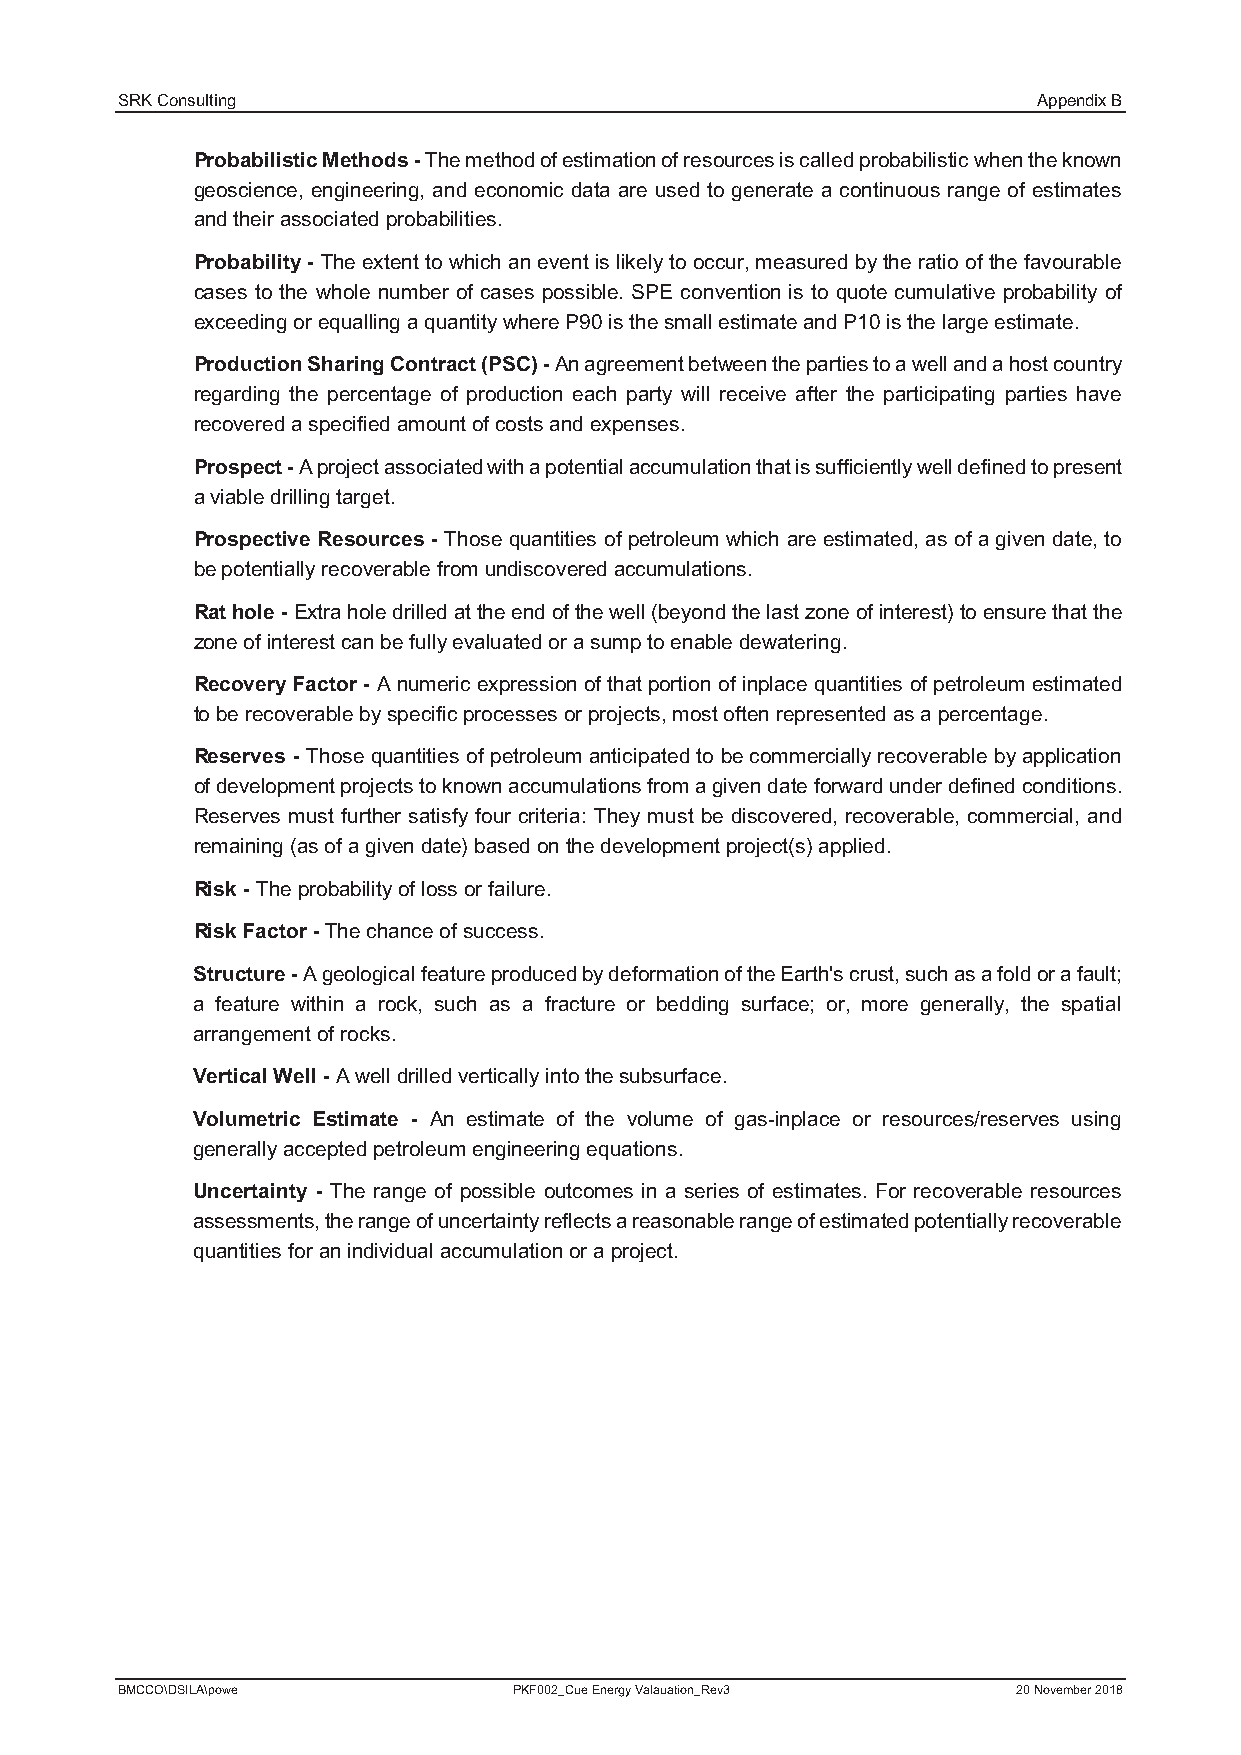
SRK Consulting                                               Appendix B
 Probabilistic Methods -The method of estimation of resources is called probabilistic when theknown
 geoscience, engineering, and economic data are used to generate a continuous range of estimates
 and their associated probabilities.
 Probability - The extent to which an event is likely to occur, measured by the ratio of the favourable
 cases to the whole number of cases possible. SPE convention is to quote cumulative probability of
 exceeding or equalling a quantity where P90 is the small estimate and P10 is the large estimate.
 Production Sharing Contract (PSC) -An agreement between the parties to a well and a host country
 regarding the percentage of production each party will receive after the participating parties have
 recovered a specified amount of costs and expenses.
 Prospect -A project associated with a potential accumulation that is sufficiently well defined to present
 a viable drilling target.
 Prospective Resources - Those quantities of petroleum which are estimated, as of a given date, to
 be potentially recoverable from undiscovered accumulations.
 Rat hole -Extra hole drilled at the end of the well (beyond the last zone of interest) to ensure that the
 zone of interest can be fully evaluated or a sump to enable dewatering.
 Recovery Factor - A numeric expression of that portion of inplace quantities of petroleum estimated
 to be recoverable by specific processes or projects, most often represented as a percentage.
 Reserves - Those quantities of petroleum anticipated to be commercially recoverable by application
 of development projects to known accumulations from a given date forward under defined conditions.
 Reserves must further satisfy four criteria: They must be discovered, recoverable, commercial, and
 remaining (as of a given date) based on the development project(s) applied.
 Risk -The probability of loss or failure.
 Risk Factor -The chance of success.
 Structure -A geological feature produced by deformation of the Earth's crust, such as a fold or a fault;
 a feature within a rock, such as a fracture or bedding surface; or, more generally, the spatial
 arrangement of rocks.
 Vertical Well -A well drilled vertically into the subsurface.
 Volumetric Estimate - An estimate of the volume of gas-inplace or resources/reserves using
 generally accepted petroleum engineering equations.
 Uncertainty - The range of possible outcomes in a series of estimates. For recoverable resources
 assessments, the range of uncertainty reflects a reasonable range of estimated potentially recoverable
 quantities for an individual accumulation or a project.
 BMCCO\DSILA\powe          PKF002_Cue Energy Valauation_Rev3 20 November 2018